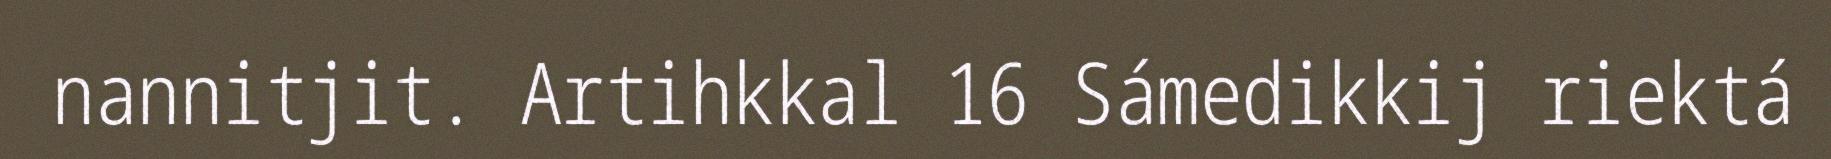
nannitjit. Artihkkal 16 Sámedikkij riektá